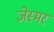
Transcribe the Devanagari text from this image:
जेस्मर